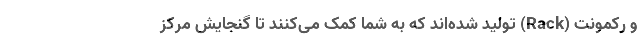
و رکمونت (Rack) تولید شده‌اند که به شما کمک می‌کنند تا گنجایش مرکز